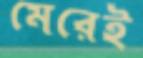
মেরেই